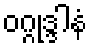
ဝဂ္ဂုဒ္ဒါနံ